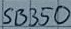
Text: SB350